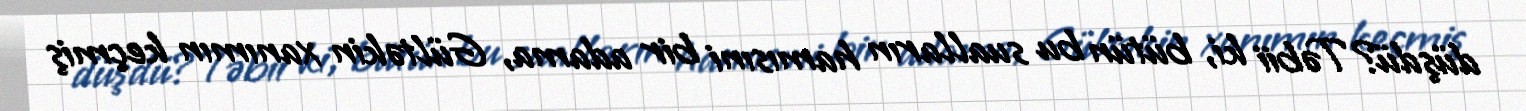
düşdü?Təbii ki, bütün bu sualların hamısıni bir adama, Gültəkin xanımın keçmiş